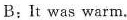
B:It was warm.